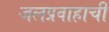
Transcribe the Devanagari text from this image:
जलप्रवाहाची